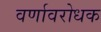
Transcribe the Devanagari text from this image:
वर्णावरोधक